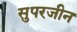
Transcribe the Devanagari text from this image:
सुपरजीन